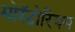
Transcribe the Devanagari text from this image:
मोरॅटोरियम